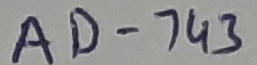
Text: AD-743